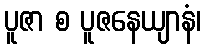
ပူဇာ စ ပူဇနေယျာနံ၊